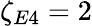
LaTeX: \zeta_{E4}=2